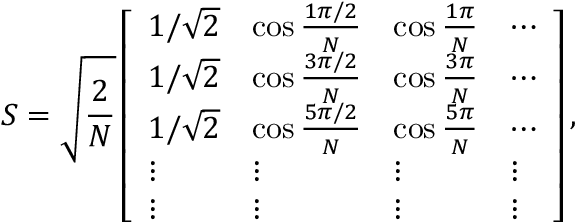
S = \sqrt { \frac { 2 } { N } } \left[ \begin{array} { l l l l } { 1 / \sqrt { 2 } } & { \cos \frac { 1 \pi / 2 } { N } } & { \cos \frac { 1 \pi } { N } } & { \cdots } \\ { 1 / \sqrt { 2 } } & { \cos \frac { 3 \pi / 2 } { N } } & { \cos \frac { 3 \pi } { N } } & { \cdots } \\ { 1 / \sqrt { 2 } } & { \cos \frac { 5 \pi / 2 } { N } } & { \cos \frac { 5 \pi } { N } } & { \cdots } \\ { \vdots } & { \vdots } & { \vdots } & { \vdots } \\ { \vdots } & { \vdots } & { \vdots } & { \vdots } \end{array} \right] ,